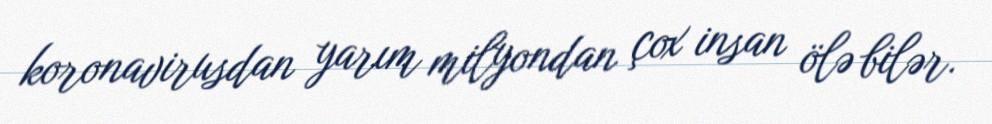
koronavirusdan yarım milyondan çox insan ölə bilər.